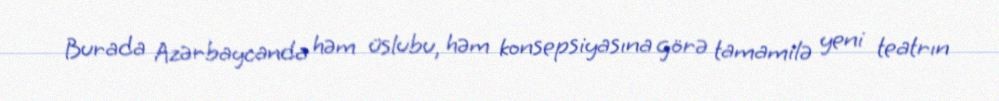
Burada Azərbaycanda həm üslubu, həm konsepsiyasına görə tamamilə yeni teatrın